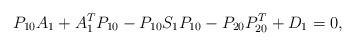
LaTeX: \begin{align*}P_{10}A_{1}+A_{1}^{T}P_{10}-P_{10}S_{1}P_{10} - P_{20}P_{20}^{T}+D_{1}=0,\end{align*}